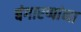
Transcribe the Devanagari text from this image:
बंगारप्पांना